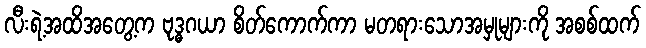
လီးရဲ့အထိအတွေ့က ဗုဒ္ဓဂယာ စိတ်ကောက်ကာ မတရားသောအမှုများကို အစစ်ထက်